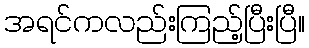
အရင်ကလည်းကြည့်ပြီးပြီ။